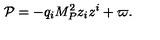
{ \cal P } = - q _ { i } M _ { P } ^ { 2 } z _ { i } z ^ { i } + \varpi .